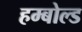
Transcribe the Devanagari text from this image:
हम्बोल्ड